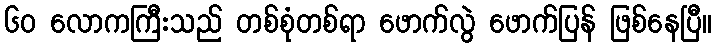
၆၀ လောကကြီးသည် တစ်စုံတစ်ရာ ဖောက်လွဲ ဖောက်ပြန် ဖြစ်နေပြီ။